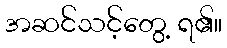
အဆင်သင့်တွေ့ ရ၏။